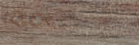
LIQUOR